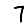
Digit: 7